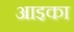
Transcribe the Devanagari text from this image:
आइका